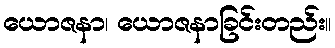
ယောဇနာ၊ ယောဇနာခြင်းတည်း။